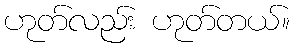
ဟုတ်လည်း ဟုတ်တယ်။